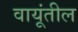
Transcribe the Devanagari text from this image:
वायूंतील